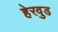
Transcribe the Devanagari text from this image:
हेरवुड